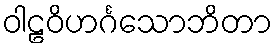
ဝါဠဝိဟင်္ဂသောဘိတာ